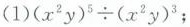
(1)$$\left ( x ^ { 2 } y \right ) ^ { 5 } \div \left ( x ^ { 2 } y \right ) ^ { 3 }$$;